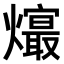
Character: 𤑧